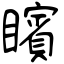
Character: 矉